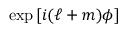
\exp { [ i ( \ell + m ) \phi ] }